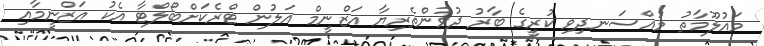
މައުލޫމާތު މުއްސަނދިވި ކުރީގެ ބާރު ދުވުންތެރިޔާ އަޒްނީމް އަލުން ޓްރެކަށްބޯލްޓާ އެކު އަޒްނީމާއި